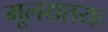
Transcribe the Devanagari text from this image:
मूलयतयः